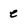
Character: e